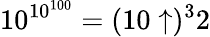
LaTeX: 10^{10^{100}}=(10\uparrow)^{3}2